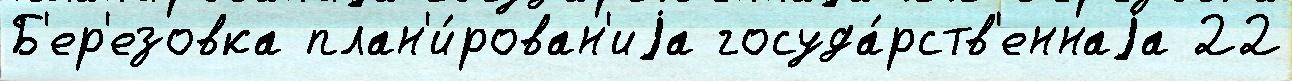
Б'ер'езовка план'и́рован'иjа госуда́рств'еннаjа 22